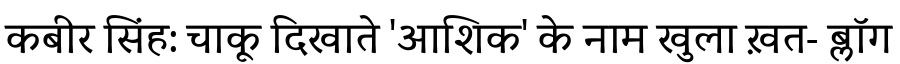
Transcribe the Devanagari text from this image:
कबीर सिंह: चाकू दिखाते 'आशिक' के नाम खुला ख़त- ब्लॉग